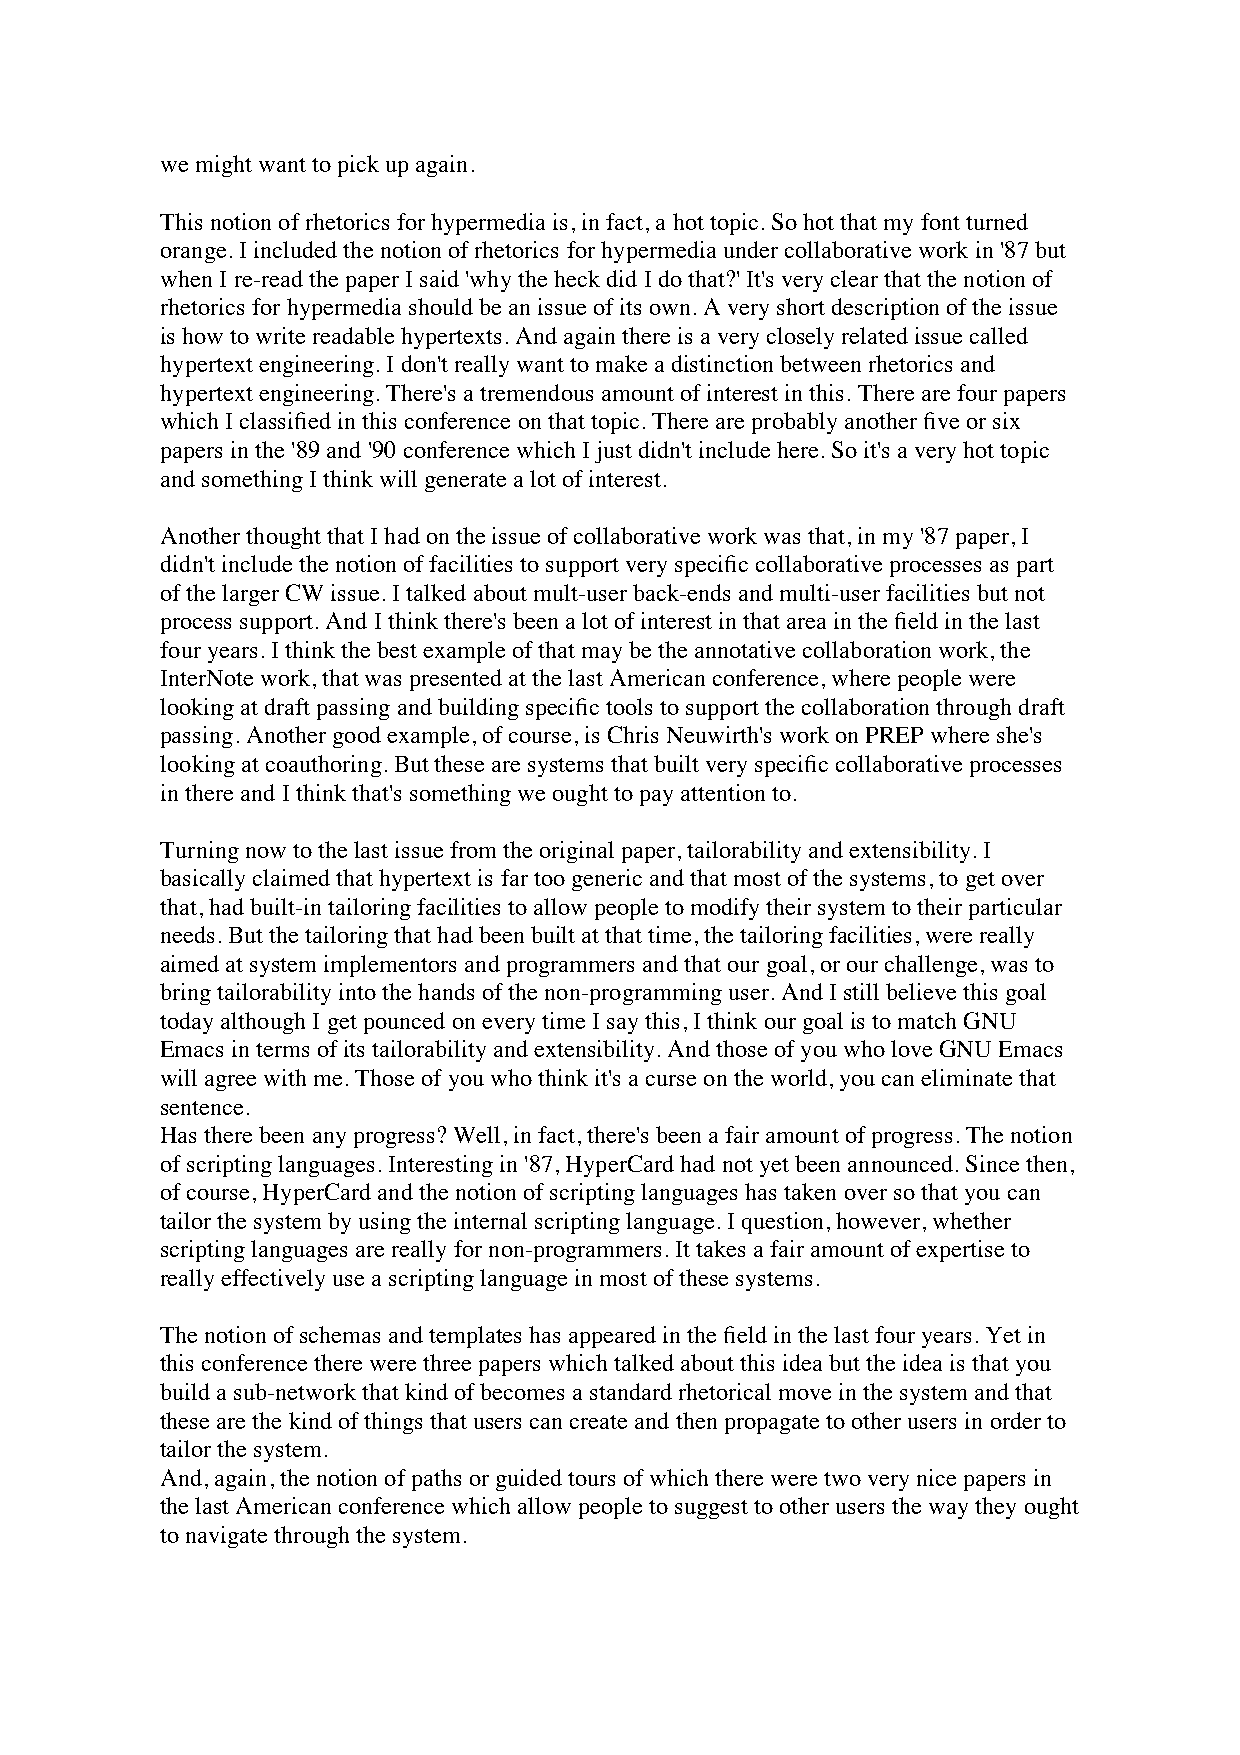
we might want to pick up again.
 This notion of rhetorics for hypermedia is, in fact, a hot topic. So hot that my font turned
 orange. I included the notion of rhetorics for hypermedia under collaborative work in '87 but
 when I re-read the paper I said 'why the heck did I do that?' It's very clear that the notion of
 rhetorics for hypermedia should be an issue of its own. A very short description of the issue
 is how to write readable hypertexts. And again there is a very closely related issue called
 hypertext engineering. I don't really want to make a distinction between rhetorics and
 hypertext engineering. There's a tremendous amount of interest in this. There are four papers
 which I classified in this conference on that topic. There are probably another five or six
 papers in the '89 and '90 conference which I just didn't include here. So it's a very hot topic
 and something I think will generate a lot of interest.
 Another thought that I had on the issue of collaborative work was that, in my '87 paper, I
 didn't include the notion of facilities to support very specific collaborative processes as part
 of the larger CW issue. I talked about mult-user back-ends and multi-user facilities but not
 process support. And I think there's been a lot of interest in that area in the field in the last
 four years. I think the best example of that may be the annotative collaboration work, the
 InterNote work, that was presented at the last American conference, where people were
 looking at draft passing and building specific tools to support the collaboration through draft
 passing. Another good example, of course, is Chris Neuwirth's work on PREP where she's
 looking at coauthoring. But these are systems that built very specific collaborative processes
 in there and I think that's something we ought to pay attention to.
 Turning now to the last issue from the original paper, tailorability and extensibility. I
 basically claimed that hypertext is far too generic and that most of the systems, to get over
 that, had built-in tailoring facilities to allow people to modify their system to their particular
 needs. But the tailoring that had been built at that time, the tailoring facilities, were really
 aimed at system implementors and programmers and that our goal, or our challenge, was to
 bring tailorability into the hands of the non-programming user. And I still believe this goal
 today although I get pounced on every time I say this, I think our goal is to match GNU
 Emacs in terms of its tailorability and extensibility. And those of you who love GNU Emacs
 will agree with me. Those of you who think it's a curse on the world, you can eliminate that
 sentence.
 Has there been any progress? Well, in fact, there's been a fair amount of progress. The notion
 of scripting languages. Interesting in '87, HyperCard had not yet been announced. Since then,
 of course, HyperCard and the notion of scripting languages has taken over so that you can
 tailor the system by using the internal scripting language. I question, however, whether
 scripting languages are really for non-programmers. It takes a fair amount of expertise to
 really effectively use a scripting language in most of these systems.
 The notion of schemas and templates has appeared in the field in the last four years. Yet in
 this conference there were three papers which talked about this idea but the idea is that you
 build a sub-network that kind of becomes a standard rhetorical move in the system and that
 these are the kind of things that users can create and then propagate to other users in order to
 tailor the system.
 And, again, the notion of paths or guided tours of which there were two very nice papers in
 the last American conference which allow people to suggest to other users the way they ought
 to navigate through the system.